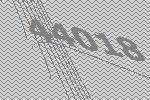
44018